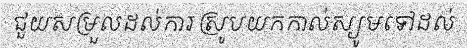
ជួយសម្រួលដល់ការស្រូបយកកាល់ស្យូមទៅដល់